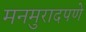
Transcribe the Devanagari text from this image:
मनमुरादपणे